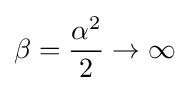
\beta ={\frac {\alpha ^{2}}{2}}\rightarrow \infty